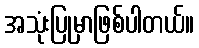
အသုံးပြုမှာဖြစ်ပါတယ်။